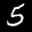
Label: 5